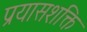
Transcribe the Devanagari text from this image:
प्रयासशक्ति